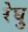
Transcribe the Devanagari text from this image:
रेघु